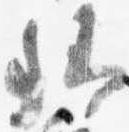
卿